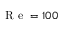
\mathrm { ~ R ~ e ~ } = 1 0 0